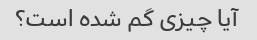
آیا چیزی گم شده است؟